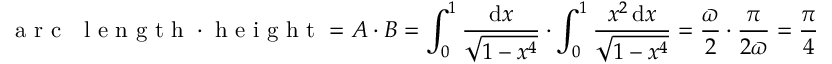
{ \textrm { a r c } } \ { \textrm { l e n g t h } } \cdot { \textrm { h e i g h t } } = A \cdot B = \int _ { 0 } ^ { 1 } { \frac { \mathrm { d } x } { \sqrt { 1 - x ^ { 4 } } } } \cdot \int _ { 0 } ^ { 1 } { \frac { x ^ { 2 } \mathop { \mathrm { d } x } } { \sqrt { 1 - x ^ { 4 } } } } = { \frac { \varpi } { 2 } } \cdot { \frac { \pi } { 2 \varpi } } = { \frac { \pi } { 4 } }